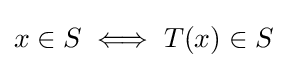
x\in S\iff T(x)\in S